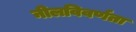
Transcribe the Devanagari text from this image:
नीलविवर्णता